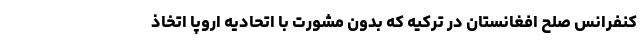
کنفرانس صلح افغانستان در ترکیه که بدون مشورت با اتحادیه اروپا اتخاذ